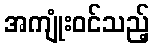
အကျုံးဝင်သည့်